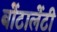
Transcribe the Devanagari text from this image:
बोंटालेंटी